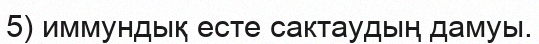
5) иммундық есте сактаудың дамуы.